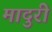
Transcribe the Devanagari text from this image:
मादुरी